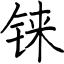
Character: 铼